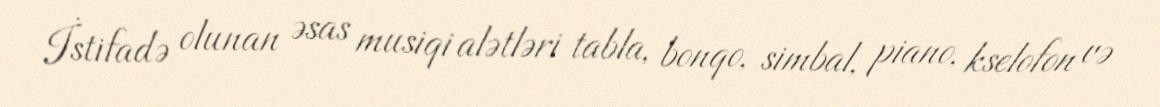
İstifadə olunan əsas musiqi alətləri tabla, bonqo, simbal, piano, kselofon və